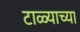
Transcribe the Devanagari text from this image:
टाळ्याच्या